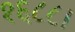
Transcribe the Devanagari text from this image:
१६८८।